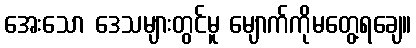
အေးသော ဒေသများတွင်မူ မျောက်ကိုမတွေ့ရချေ။